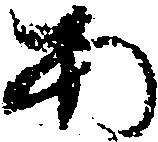
あ